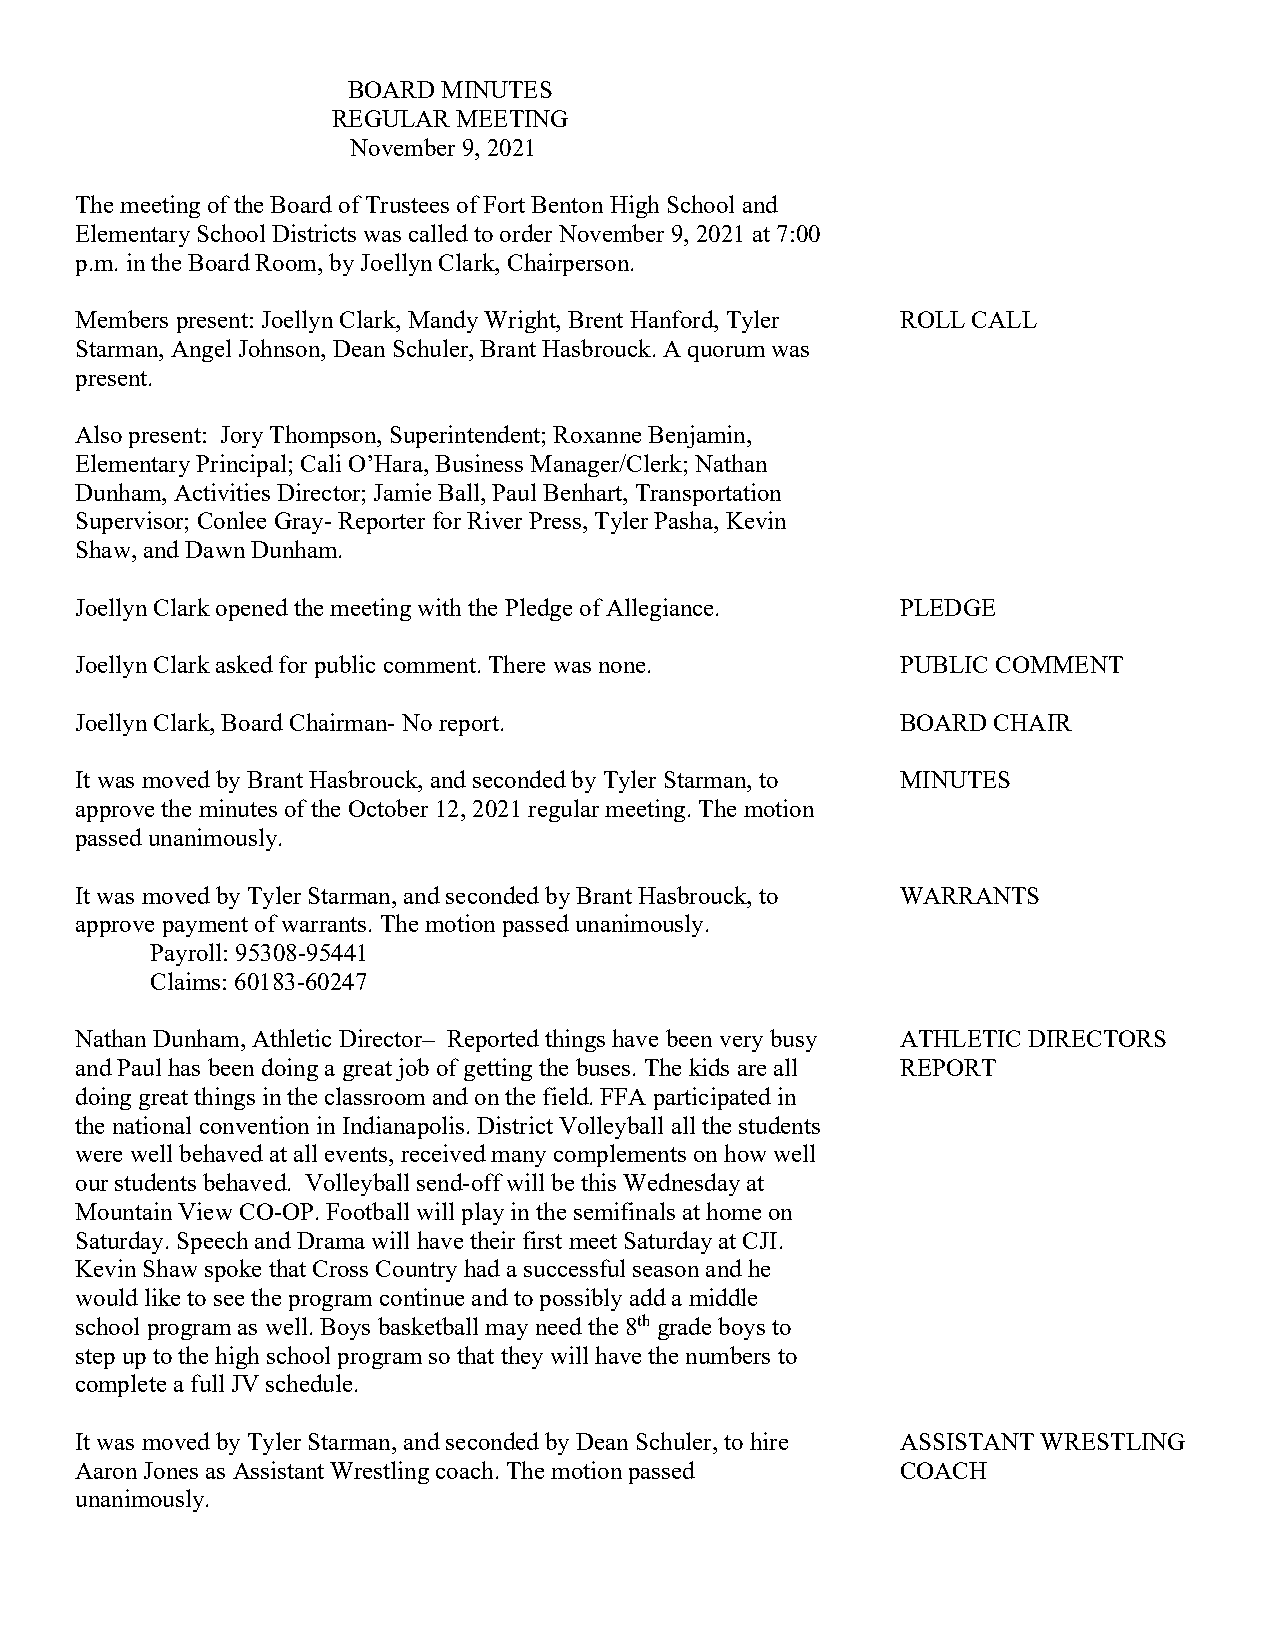
BOARD MINUTES
 REGULAR MEETING
 November 9, 2021
 The meeting of the Board of Trustees of Fort Benton High School and
 Elementary School Districts was called to order November 9, 2021 at 7:00
 p.m. in the Board Room, by Joellyn Clark, Chairperson.
 Members present: Joellyn Clark, Mandy Wright, Brent Hanford, Tyler ROLL CALL
 Starman, Angel Johnson, Dean Schuler, Brant Hasbrouck. A quorum was
 present.
 Also present: Jory Thompson, Superintendent; Roxanne Benjamin,
 Elementary Principal; Cali O’Hara, Business Manager/Clerk; Nathan
 Dunham, Activities Director; Jamie Ball, Paul Benhart, Transportation
 Supervisor; Conlee Gray- Reporter for River Press, Tyler Pasha, Kevin
 Shaw, and Dawn Dunham.
 Joellyn Clark opened the meeting with the Pledge of Allegiance. PLEDGE
 Joellyn Clark asked for public comment. There was none. PUBLIC COMMENT
 Joellyn Clark, Board Chairman- No report.              BOARD CHAIR
 It was moved by Brant Hasbrouck, and seconded by Tyler Starman, to MINUTES
 approve the minutes of the October 12, 2021 regular meeting. The motion
 passed unanimously.
 It was moved by Tyler Starman, and seconded by Brant Hasbrouck, to WARRANTS
 approve payment of warrants. The motion passed unanimously.
 Payroll: 95308-95441
 Claims: 60183-60247
 Nathan Dunham, Athletic Director– Reported things have been very busy ATHLETIC DIRECTORS
 and Paul has been doing a great job of getting the buses. The kids are all REPORT
 doing great things in the classroom and on the field. FFA participated in
 the national convention in Indianapolis. District Volleyball all the students
 were well behaved at all events, received many complements on how well
 our students behaved. Volleyball send-off will be this Wednesday at
 Mountain View CO-OP. Football will play in the semifinals at home on
 Saturday. Speech and Drama will have their first meet Saturday at CJI.
 Kevin Shaw spoke that Cross Country had a successful season and he
 would like to see the program continue and to possibly add a middle
 school program as well. Boys basketball may need the 8th grade boys to
 step up to the high school program so that they will have the numbers to
 complete a full JV schedule.
 It was moved by Tyler Starman, and seconded by Dean Schuler, to hire ASSISTANT WRESTLING
 Aaron Jones as Assistant Wrestling coach. The motion passed COACH
 unanimously.